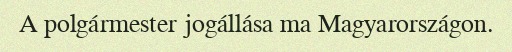
A polgármester jogállása ma Magyarországon.